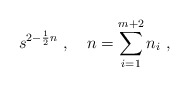
\begin{align*}s^{2 - \frac{1}{2} n}\ , \quad n = \sum_{i=1}^{m+2} n_i\ , \end{align*}